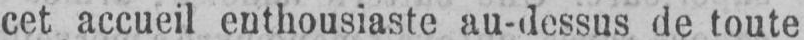
cet accueil enthousiaste au-dessus de toute